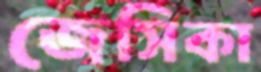
জেসিকা